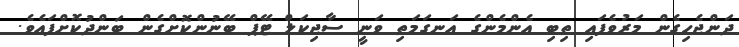
ދަންޖެހިގެން މަރުވެފައި ތިބި އެންމެންގެ އަނގަމަތި ވަނީ ސާޖިކަލް ޓޭޕް ބޭނުންކޮށްގެން ބަންދުކޮށްފައެވެ.